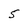
Character: 5